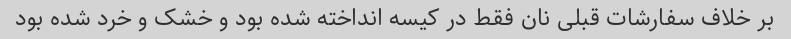
بر خلاف سفارشات قبلی نان فقط در کیسه انداخته شده بود و خشک و خرد شده بود